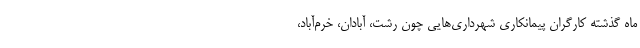
ماه گذشته کارگرانِ پیمانکاری شهرداری‌هایی چون رشت، آبادان، خرم‌آباد،